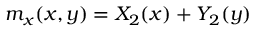
m _ { x } ( x , y ) = X _ { 2 } ( x ) + Y _ { 2 } ( y )